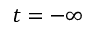
t = - \infty